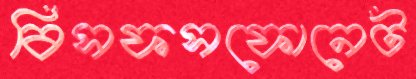
বিসফসফোনেট